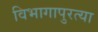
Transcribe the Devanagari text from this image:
विभागापुरत्या